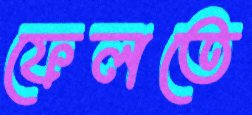
ফেলতে